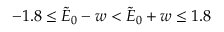
- 1 . 8 \le \tilde { E } _ { 0 } - w < \tilde { E } _ { 0 } + w \le 1 . 8